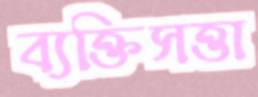
ব্যক্তিসত্তা